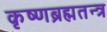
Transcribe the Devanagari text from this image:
कृष्णब्रह्मतन्त्र